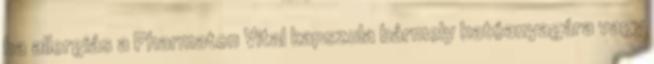
ha allergiás a Pharmaton Vital kapszula bármely hatóanyagára vagy